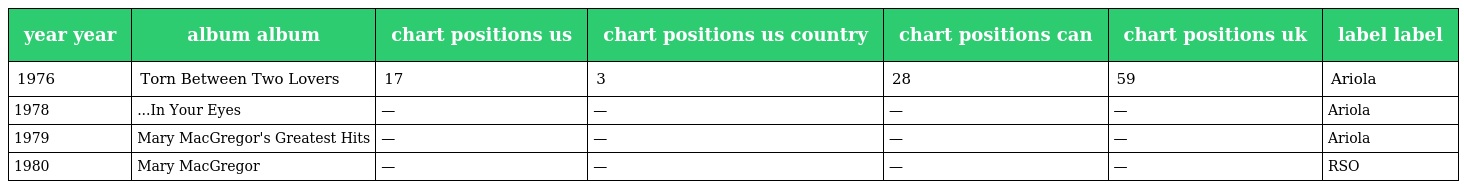
| year year | album album | chart positions us | chart positions us country | chart positions can | chart positions uk | label label |
 | --- | --- | --- | --- | --- | --- | --- |
 | 1976 | Torn Between Two Lovers | 17 | 3 | 28 | 59 | Ariola |
 | 1978 | ...In Your Eyes | — | — | — | — | Ariola |
 | 1979 | Mary MacGregor's Greatest Hits | — | — | — | — | Ariola |
 | 1980 | Mary MacGregor | — | — | — | — | RSO |